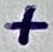
Text: +